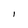
Character: I